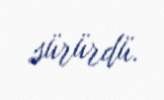
sürürdü.